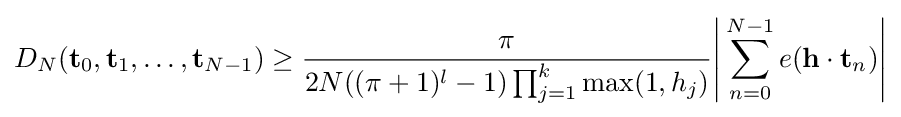
D_{N}(\mathbf {t} _{0},\mathbf {t} _{1},\dots ,\mathbf {t} _{N-1})\geq {\frac {\pi }{2N((\pi +1)^{l}-1)\prod _{j=1}^{k}{\rm {max}}(1,h_{j})}}{\Bigg |}\sum _{n=0}^{N-1}e(\mathbf {h} \cdot \mathbf {t} _{n}){\Bigg |}